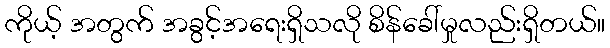
ကိုယ့် အတွက် အခွင့်အရေးရှိသလို စိန်ခေါ်မှုလည်းရှိတယ်။